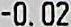
-0.02